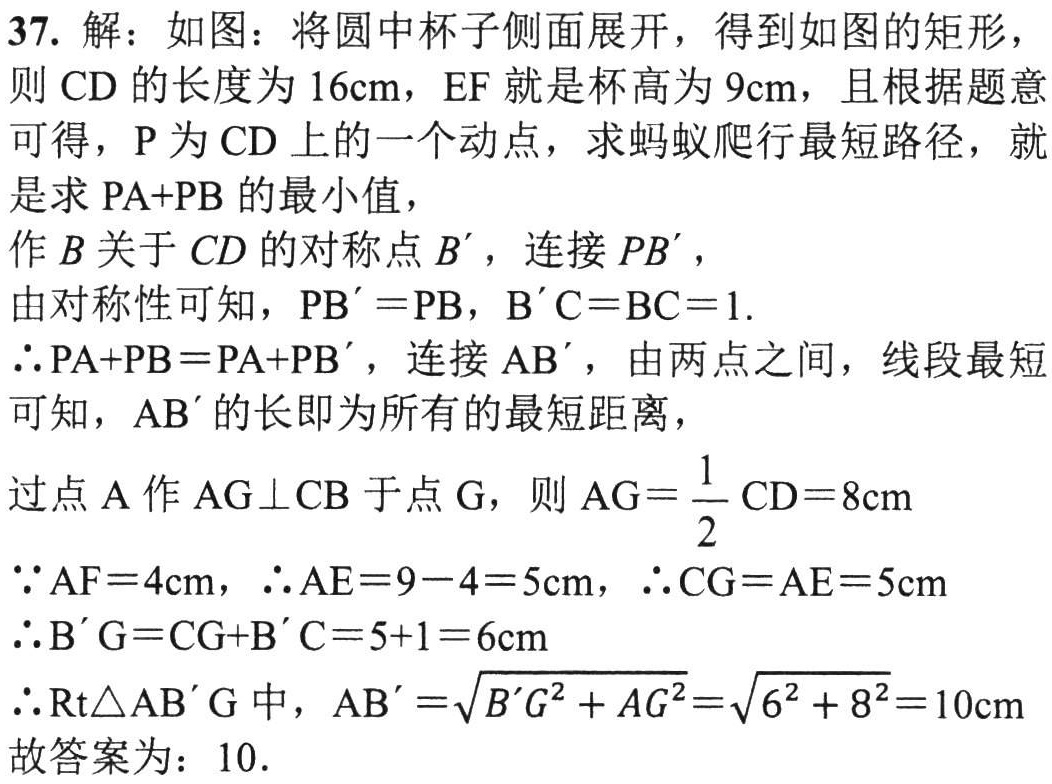
37. 解：如图：将圆中杯子侧面展开，得到如图的矩形，

则 \(CD\) 的长度为 \(16\mathrm{cm}\)，\(EF\) 就是杯高为 \(9\mathrm{cm}\)，且根据题意

可得，\(P\) 为 \(CD\) 上的一个动点，求蚂蚁爬行最短路径，就

是求 \(PA + PB\) 的最小值，

作 \(B\) 关于 \(CD\) 的对称点 \(B'\)，连接 \(PB'\)，

由对称性可知，\(PB' = PB\)，\(B'C = BC = 1\).

\(\therefore PA+PB = PA + PB'\)，连接 \(AB'\)，由两点之间，线段最短

可知，\(AB'\) 的长即为所有的最短距离，

过点 \(A\) 作 \(AG\perp CB\) 于点 \(G\)，则 \(AG=\frac{1}{2}CD = 8\mathrm{cm}\)

\(\because AF = 4\mathrm{cm}\)，\(\therefore AE = 9 - 4 = 5\mathrm{cm}\)，\(\therefore CG = AE = 5\mathrm{cm}\)

\(\therefore B'G = CG + B'C = 5 + 1 = 6\mathrm{cm}\)

\(\therefore \mathrm{Rt}\triangle AB'G\) 中，\(AB'=\sqrt{B'G^{2}+AG^{2}}=\sqrt{6^{2}+8^{2}} = 10\mathrm{cm}\)

故答案为：\(10\).